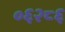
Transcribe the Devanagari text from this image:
०६२८६